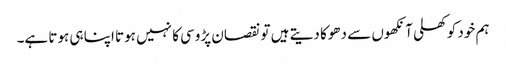
ہم خود کو کھلی آنکھوں سے دھوکا دیتے ہیں تو نقصان پڑوسی کا نہیں ہوتا اپنا ہی ہوتا ہے۔